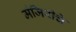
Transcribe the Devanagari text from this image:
मंजिरीचे